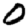
Digit: 0